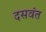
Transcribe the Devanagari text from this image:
दसवंत